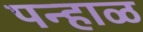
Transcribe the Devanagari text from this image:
पन्हाळ